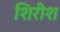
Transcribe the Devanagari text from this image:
शिरीश